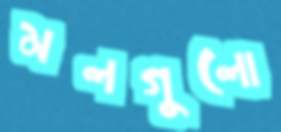
মলগুলো